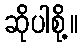
ဆိုပါစို့။